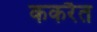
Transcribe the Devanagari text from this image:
ककरैत